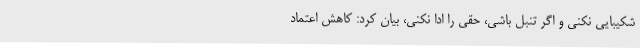
شکیبایی نکنی و اگر تنبل باشی، حقی را ادا نکنی، بیان کرد: کاهش اعتماد